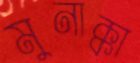
মুনাক্কা